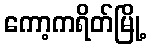
ကော့ကရိတ်မြို့